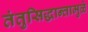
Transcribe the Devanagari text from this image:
तंतुसिद्धान्तामुळे